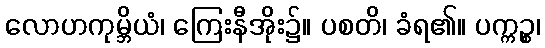
လောဟကုမ္ဘိယံ၊ ကြေးနီအိုး၌။ ပစတိ၊ ခံရ၏။ ပက္ကဉ္စ၊